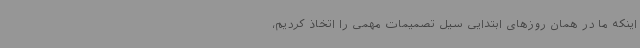
اینکه ما در همان روزهای ابتدایی سیل تصمیمات مهمی را اتخاذ کردیم،